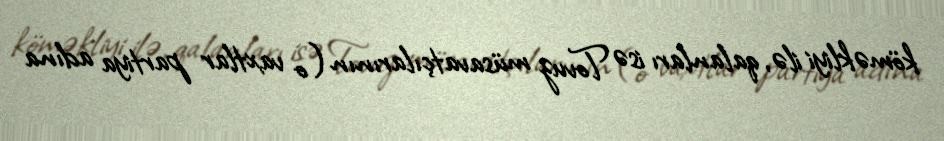
köməkliyi ilə, qalanları isə Tovuz müsavatçılarının (o vaxtlar partiya adına